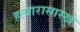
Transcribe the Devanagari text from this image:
हत्यारासारखे